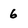
Character: 6